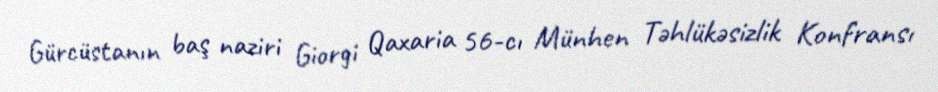
Gürcüstanın baş naziri Giorgi Qaxaria 56-cı Münhen Təhlükəsizlik Konfransı